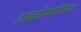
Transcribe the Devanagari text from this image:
हाइड्रोस्कोपिक